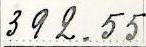
392.55